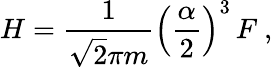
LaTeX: H=\frac{1}{\sqrt{2}\pi m}\left(\frac{\alpha}{2}\right)^{3}\, F\ ,